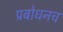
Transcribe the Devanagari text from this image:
प्रबोधनच